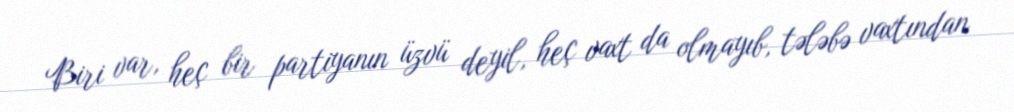
Biri var, heç bir partiyanın üzvü deyil, heç vaxt da olmayıb, tələbə vaxtından